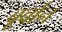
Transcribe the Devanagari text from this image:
बूर्बान